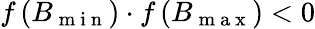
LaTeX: f\left(B_{\mathrm{~m~i~n~}}\right)\cdot f\left(B_{\mathrm{~m~a~x~}}\right)<0